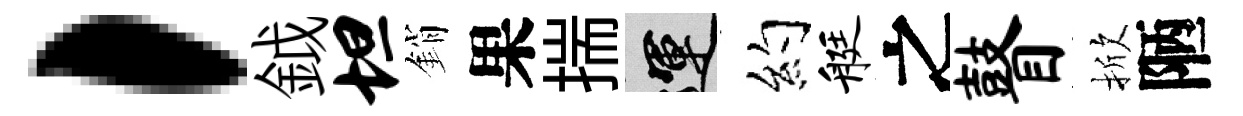
，鉞坦銷果揣運约艇之瞽掀陋